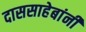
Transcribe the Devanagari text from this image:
दाससाहेबांनी